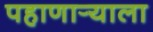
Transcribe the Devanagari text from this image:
पहाणार्‍याला